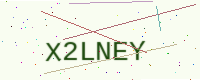
Text: X2LNEY